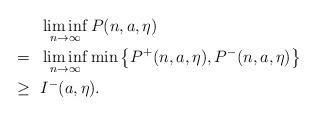
LaTeX: \begin{align*}& \liminf_{n\rightarrow \infty} P(n, a, \eta) \\=~& \liminf_{n\rightarrow \infty}\min\left\{ P^+(n, a, \eta), P^-(n, a, \eta)\right\} \\ \geq ~& I^-(a, \eta).\end{align*}